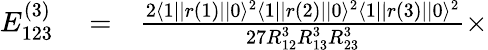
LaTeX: \begin{array}{rlr}{E_{123}^{(3)}}&{{}=}&{\frac{2\langle 1||r(1)||0\rangle^{2}\langle 1||r(2)||0\rangle^{2}\langle 1||r(3)||0\rangle^{2}}{27R_{12}^{3}R_{13}^{3}R_{23}^{3}}\times}\end{array}